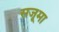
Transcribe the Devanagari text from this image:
सजूमा